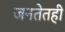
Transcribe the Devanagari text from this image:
जनतेतही